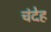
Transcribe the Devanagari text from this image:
चंदेह